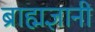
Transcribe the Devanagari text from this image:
ब्राह्मज्ञानी